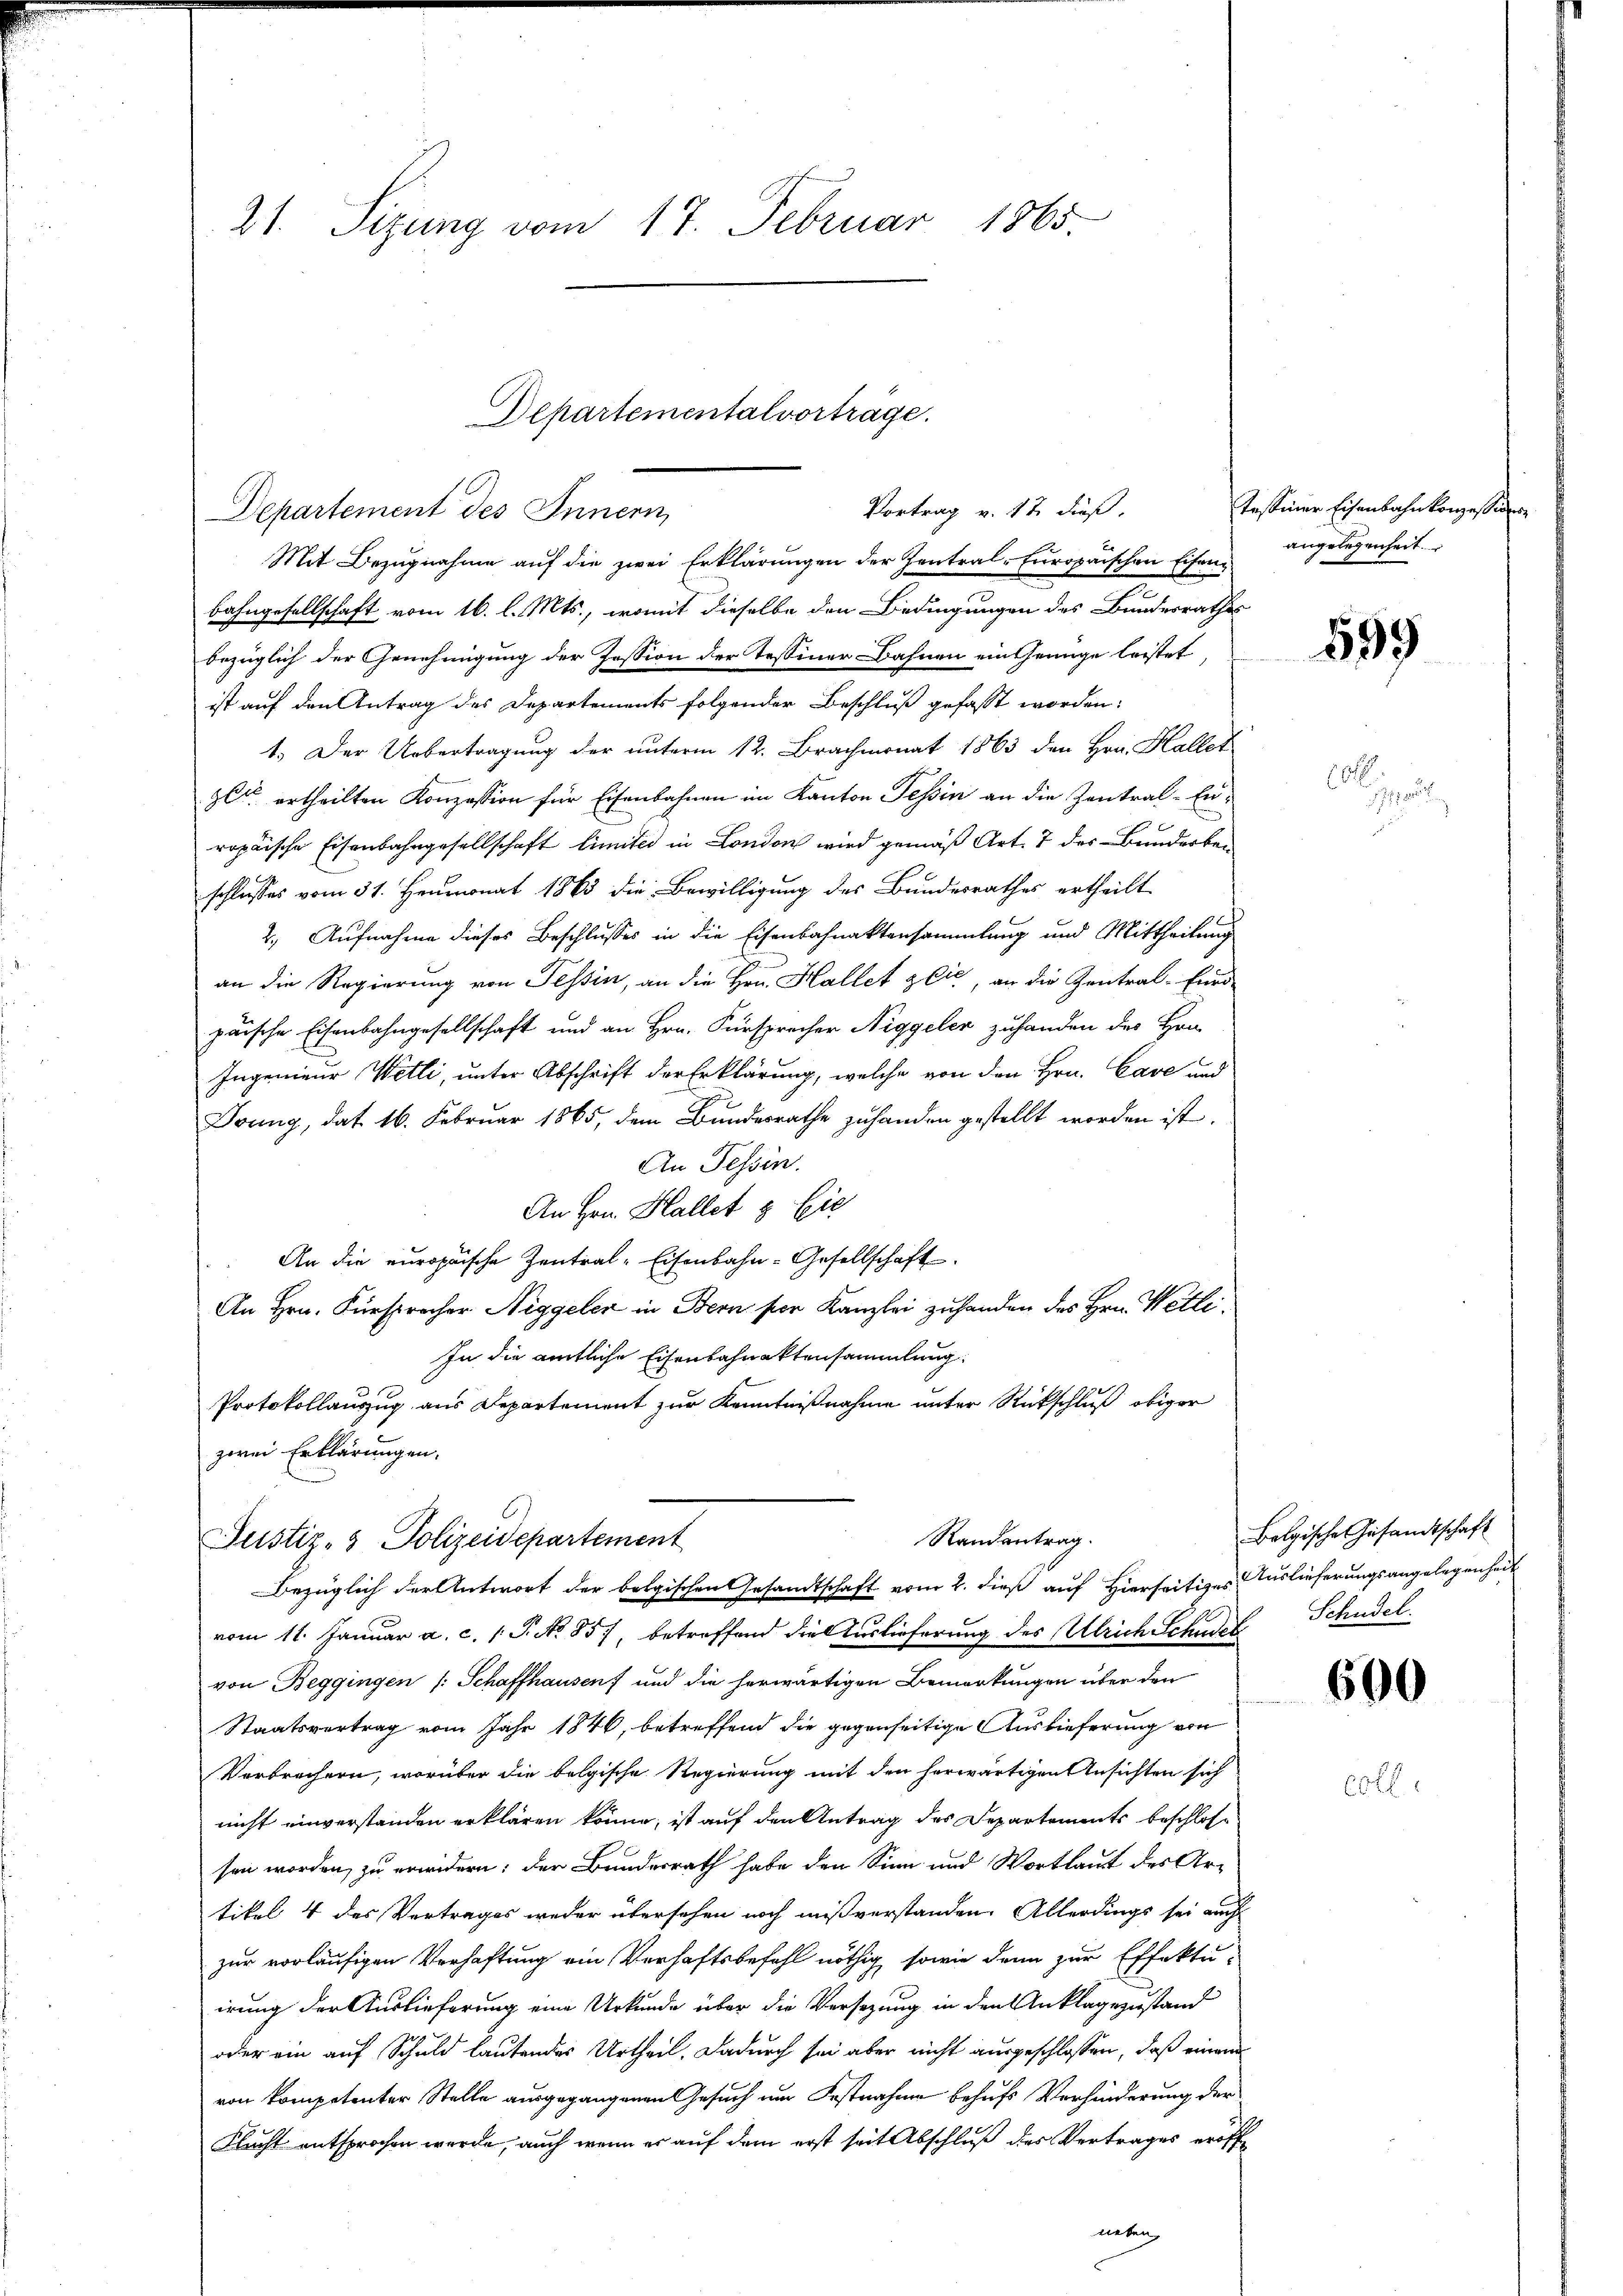
21. Sizung vom 17. Februar 1865.

Vortrag v. 17 dieß.
Departement des Innern,

Departementalvorträge.

Mit Bezugnahme auf die zwei Erklärungen der Zentral-Europäischen Eisen, angelegenheit.
bahngesellschaft vom 16. l. Mts., womit dieselbe den Bedingungen des Bundesrathes
bezüglich der Genehmigung der Tession der Tessiner Bahnen ein Genüge leistet,
ist auf den Antrag des Departements folgender Beschluß gefasst worden:
1.) Der Uebertragung der unterm 12. Brachmonat 1863 den Hrn. Hallet
gli ertheilten Konzession für Eisenbahnen im Kanton Tessin an die Zentral-Enropäische Eisenbahngesellschaft limites in London wird gemäß Art. 7 des Bunderber
schlusses vom 31. Heumonat 1863 die Bewilligung des Bundesrathes ertheilt
2. Aufnahme dieses Beschlusses in die Eisenbahnaktensammlung und Mittheilung
an die Regierung von Tessin, an die Hrn. Hallet glić, an die Zentral-Eind
paische Eisenbahngesellschaft und an Hrn. Fürsprecher Niggeler zuhanden des Hrn.
Ingenieur Wetli, unter Abschrift der Erklärung, welche von den Hrn. Cave und
Drung, dat 16. Februar 1865, dem Bundesrathe zuhanden gestellt worden ist.
An Tessin.
An Hrn. Hallet 8 Eie
An die europäische Zentral-Eisenbahn-Gesellschaft
An Hrn. Fürspracher Niggeler in Bern per Kanzlei zuhanden des Hrn. Wetli¬
In die amtliche Eisenbahnaktensammlung
Protokollauszug aus Departement zur Kenntnißnahme unter Rückschluß obiger
zwei Erklärungen.
Randantrag.
Justiz- & Polizeidepartement
Bezüglich der Antwort der belgischen Gesandtschaft vom 2. dieß auf Hierseits Auslieferungsangelegenheit
vom 11. Januar a. c. 1 S. No 857, betreffend die Auslieferung des Ulrich Schudel
von Beggingen (Schaffhausen und die herwärtigen Bemerkungen über den
Staatsvertrag vom Jahr 1846, betreffend die gegenseitige Auslieferung von
Verbrechern, worüber die belgische Regierung mit den herwärtigen Ansichten sich
nicht einverstanden erklären könne, ist auf den Antrag des Departements beschlossen worden, zu erwidern; der Bundesrath habe den Sinn und Wortlaut des Artikel 4 des Vertrages weder übersehen noch mißverstanden. Allerdings sei auch
zur vorläufigen Verhaftung ein Verhaftsbefehl nöthig, sowie dann zur Effektu-
irung der Auslieferung eine Urkunde über die Versezung in den Anklagezustand
oder ein auf Schuld lautendes Urtheil. Dadurch sei aber nicht ausgeschlossen, daß einen
von kompetenter Stelle ausgegangenen Gesuch um Festnahme behufs Verhinderung der
Flucht entsprochen werde, auch wenn er auf dem erst seit Abschluß des Vertrages eröff¬

Tessiner Eisenbahnkonzessions

599

6

Bolgische Gesandtschaft
Schudel.

600

60 f